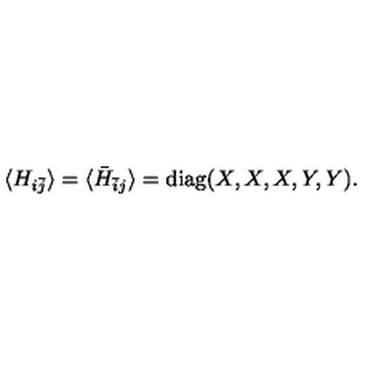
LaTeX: \langle H _ { i \bar { j } } \rangle = \langle \bar { H } _ { \bar { i } j } \rangle = \mathrm { d i a g } ( X , X , X , Y , Y ) .